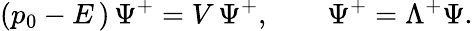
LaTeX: (p_{0}-E\, )\, \Psi^{+}=V\, \Psi^{+},\qquad\Psi^{+}=\Lambda^{+}\Psi.